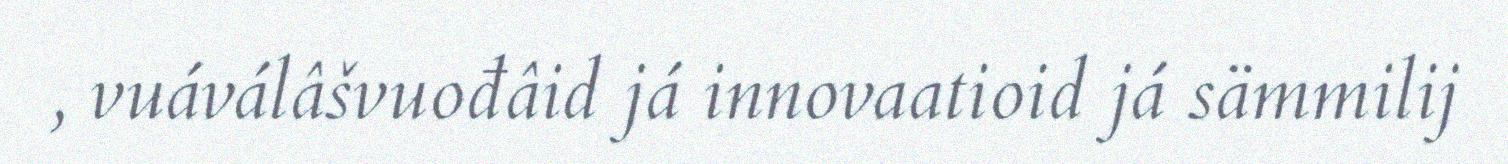
, vuáválâšvuođâid já innovaatioid já sämmilij